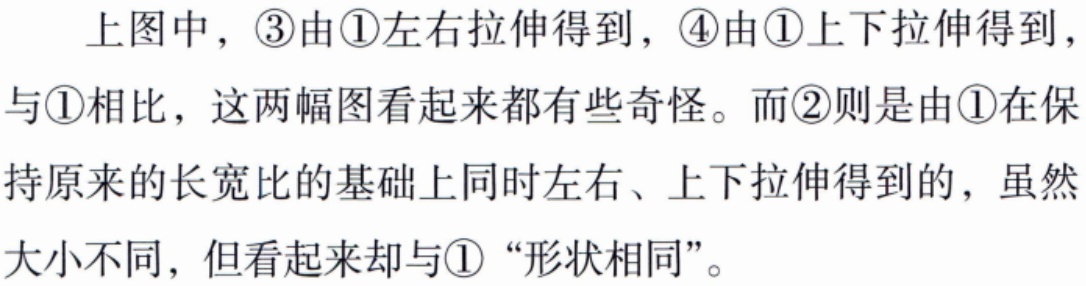
上图中，\textcircled{3}由\textcircled{1}左右拉伸得到，\textcircled{4}由\textcircled{1}上下拉伸得到，与\textcircled{1}相比，这两幅图看起来都有些奇怪。而\textcircled{2}则是由\textcircled{1}在保持原来的长宽比的基础上同时左右、上下拉伸得到的，虽然大小不同，但看起来却与\textcircled{1}“形状相同”。